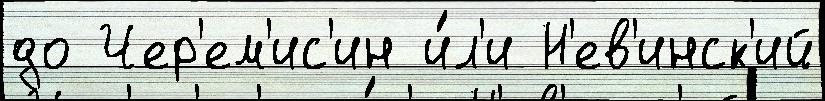
до Чер'ем'ис'ин и́л'и Н'ев'инск'ий